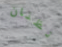
تظنان